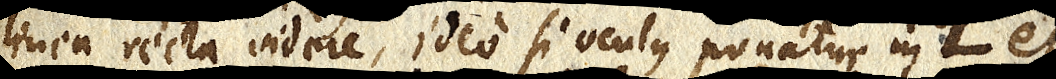
linea recta videre, ideo si oculus ponatur in L et